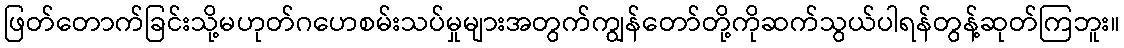
ဖြတ်တောက်ခြင်းသို့မဟုတ်ဂဟေစမ်းသပ်မှုများအတွက်ကျွန်တော်တို့ကိုဆက်သွယ်ပါရန်တွန့်ဆုတ်ကြဘူး။